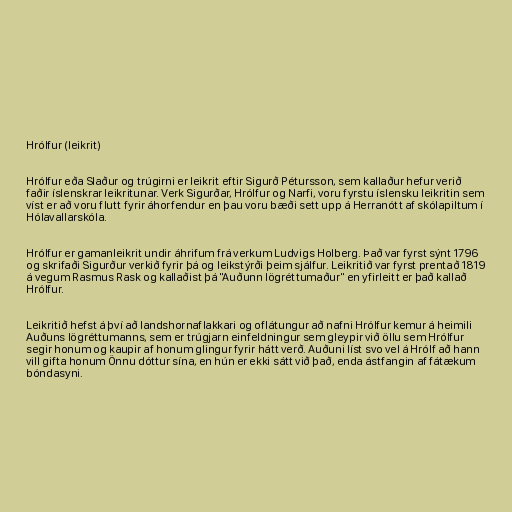
Hrólfur (leikrit)

Hrólfur eða Slaður og trúgirni er leikrit eftir Sigurð Pétursson, sem kallaður hefur verið
faðir íslenskrar leikritunar. Verk Sigurðar, Hrólfur og Narfi, voru fyrstu íslensku leikritin sem
víst er að voru flutt fyrir áhorfendur en þau voru bæði sett upp á Herranótt af skólapiltum í
Hólavallarskóla.

Hrólfur er gamanleikrit undir áhrifum frá verkum Ludvigs Holberg. Það var fyrst sýnt 1796
og skrifaði Sigurður verkið fyrir þá og leikstýrði þeim sjálfur. Leikritið var fyrst prentað 1819
á vegum Rasmus Rask og kallaðist þá "Auðunn lögréttumaður" en yfirleitt er það kallað
Hrólfur.

Leikritið hefst á því að landshornaflakkari og oflátungur að nafni Hrólfur kemur á heimili
Auðuns lögréttumanns, sem er trúgjarn einfeldningur sem gleypir við öllu sem Hrólfur
segir honum og kaupir af honum glingur fyrir hátt verð. Auðuni líst svo vel á Hrólf að hann
vill gifta honum Önnu dóttur sína, en hún er ekki sátt við það, enda ástfangin af fátækum
bóndasyni.